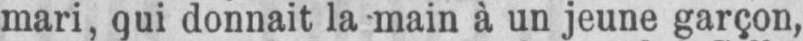
mari, qui donnait la main à un jeune garçon,